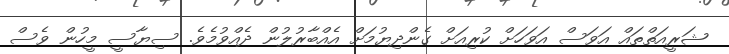
ޝަރީއަތްތައް އަވަސް އަވަހަށް ކުރިއަށް ގެންދިޔުމަށް އެއްބާރުލުން ދެއްވުމެވެ. ސިޔާސީ މީހުން ވެސް